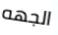
الجهه